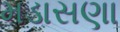
મડાસણા